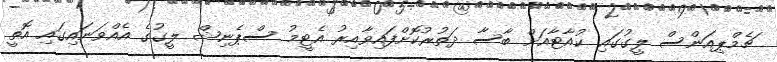
ޗެމްޕިއަންސް ލީގުގައި ކުއާޓާއަށް ބާސާ ދަތުރުކޮށްފައިވާއިރު އެޓީމު ސްޕެނިޝް ލީގުގެ އެއްވަނައިގައި އޮތީ